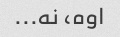
اوه، نه...